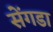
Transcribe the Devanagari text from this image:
सेंगडा